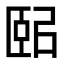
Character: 𦣤